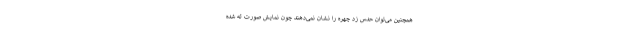
همچنین می‌توان حدس زد چهره را نشان نمی‌دهند چون نمایش صورت له شده